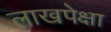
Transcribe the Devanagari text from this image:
लाखपेक्षा